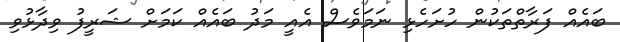
ބައެއް ފަރާތްތަކުން ހުށަހެޅި ނަމަވެސް އެއީ މަދު ބައެއް ކަމަށް ޝަރީފު ވިދާޅުވި